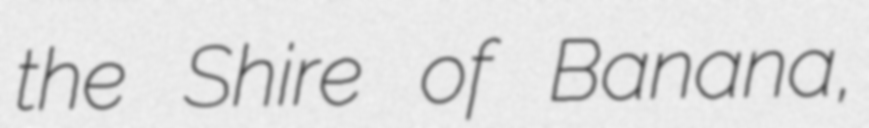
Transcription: the Shire of Banana,